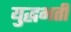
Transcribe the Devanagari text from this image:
युद्धभर्ती